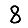
Digit: 8